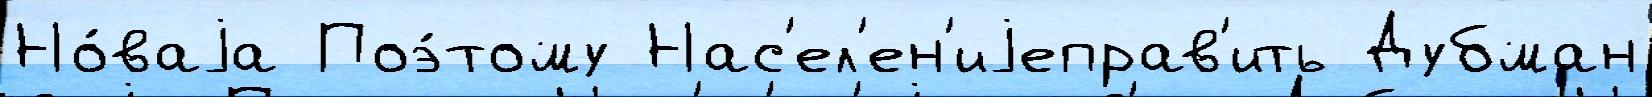
Но́ваjа Поэ́тому Нас'ел'ен'иjеправ'ить Дубман